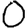
Digit: 0